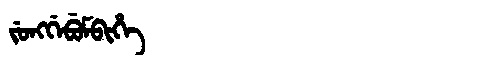
Manchu: ᠵᡠᠩᡤᡝᠪᡠᠮᠪᡳᡥᡝ
Romanization: JUNGGEBUMBIHE